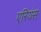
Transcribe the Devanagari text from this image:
एरियंस